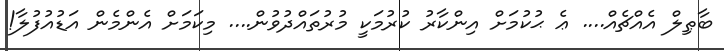
ބާޠިލް އެއްޗެއް.... ޢެ ޙުކުމަށް އިންކާރު ކުރުމަކީ މުރުތައްދުވުން.... މިކަމަށް އެންމެން އަޑުއުފުލާ!